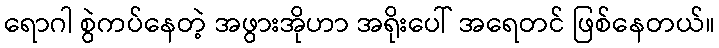
ရောဂါ စွဲကပ်နေတဲ့ အဖွားအိုဟာ အရိုးပေါ် အရေတင် ဖြစ်နေတယ်။